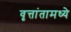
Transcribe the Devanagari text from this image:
वृत्तांतामध्ये